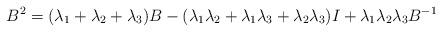
LaTeX: \begin{align*} B^2 =(\lambda_1+\lambda_2+\lambda_3) B-(\lambda_1 \lambda_2+\lambda_1 \lambda_3+\lambda_2 \lambda_3)I+\lambda_1 \lambda_2 \lambda_3 B^{-1}\end{align*}